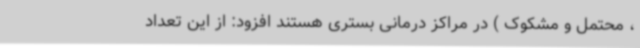
، محتمل و مشکوک ) در مراکز درمانی بستری هستند افزود: از این تعداد